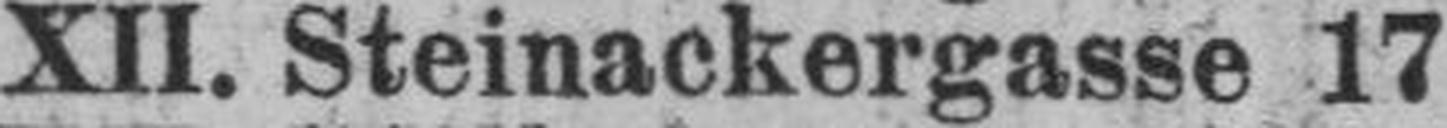
XII. Steinackergasse 17